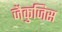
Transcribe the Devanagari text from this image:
जैकुजिस